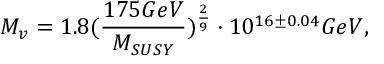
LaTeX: M _ { v } = 1 . 8 ( \frac { 1 7 5 G e V } { M _ { S U S Y } } ) ^ { \frac { 2 } { 9 } } \cdot 1 0 ^ { 1 6 \pm 0 . 0 4 } G e V ,